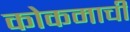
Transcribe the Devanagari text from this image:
कोकमाची